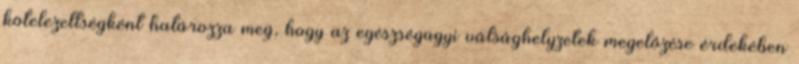
kötelezettségként határozza meg, hogy az egészségügyi válsághelyzetek megelőzése érdekében